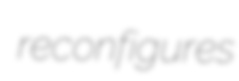
reconfigures